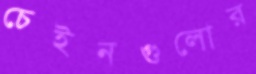
চেইনগুলোর